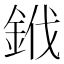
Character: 䤦